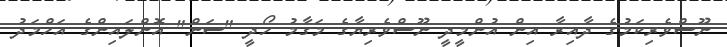
ނޫސްވެރިކަމުގެ ދާއިރާ އިން އުންމީދީ ނޫސްވެރިޔާގެ މަގާމު ހޯދީ "ސަން" އޮންލައިންގެ އަހްމަދު